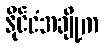
နိုင်ငံအချို့က